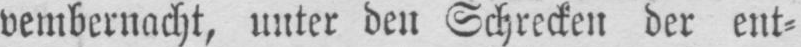
vembernacht, unter den Schrecken der ent⸗